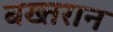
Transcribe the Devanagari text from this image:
बख्तरान